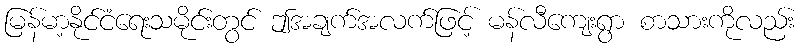
မြန်မာ့နိုင်ငံရေးသမိုင်းတွင် ဤအချက်အလက်ဖြင့် မန်လီကျေးရွာ စာသားကိုလည်း